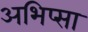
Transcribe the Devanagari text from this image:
अभिप्सा